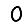
Digit: 0